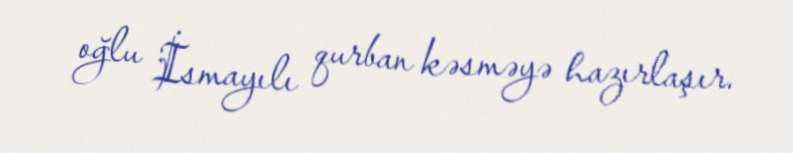
oğlu İsmayılı qurban kəsməyə hazırlaşır.